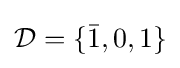
{\mathcal {D}}=\lbrace {\bar {1}},0,1\rbrace